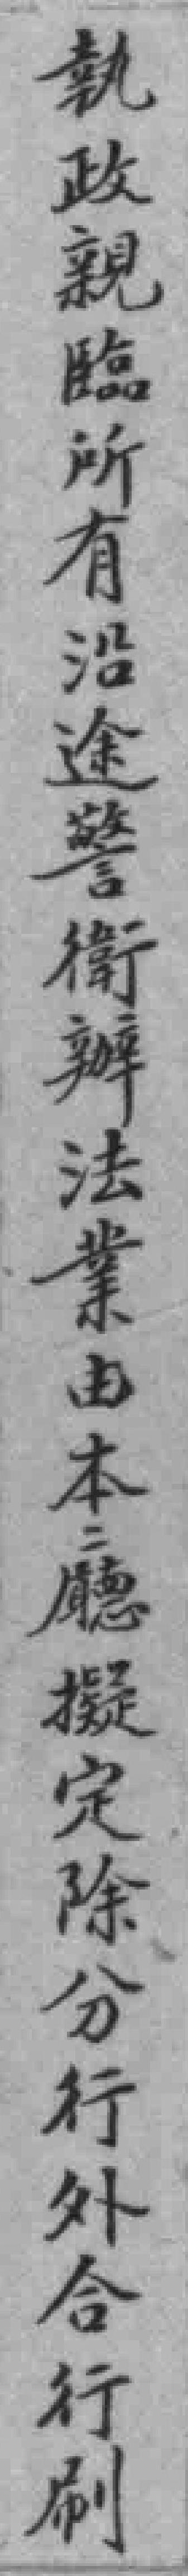
執政親臨所有沿進警衛辦法業由本廳擬定除分行外合行刷